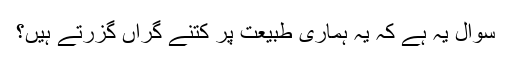
سوال یہ ہے کہ یہ ہماری طبیعت پر کتنے گراں گزرتے ہیں؟